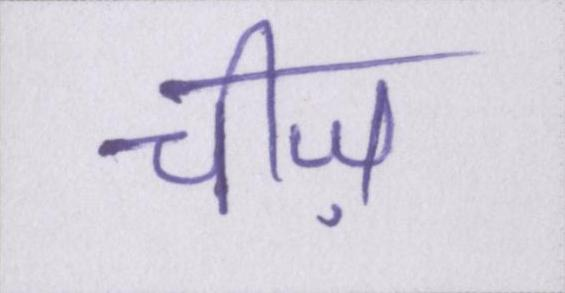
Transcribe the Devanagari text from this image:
चीज़